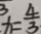
x = \frac { 4 } { 3 }